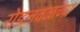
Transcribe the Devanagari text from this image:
रोडजवळच्या